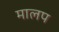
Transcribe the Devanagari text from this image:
मालप